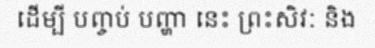
ដើម្បី បញ្ចប់ បញ្ហា នេះ ព្រះសិវៈ និង